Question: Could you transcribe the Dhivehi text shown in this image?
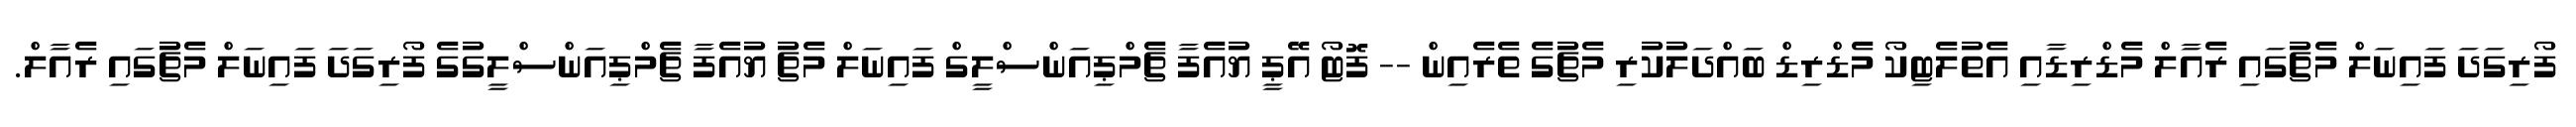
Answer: ފޯރިގަދަ ފައިނަލް މެޗުގައި ރެއާލް މެޑްރިޑާއި އެތުލެޓިކޯ މެޑްރިޑް ބައްދަލުކުރި މެޗުގެ ތެރެއިން -- ފޮޓޯ އޭޕީ ޔުއެފާ ޗެމްޕިއަންސްލީގް ފައިނަލް މެޗު ޔުއެފާ ޗެމްޕިއަންސްލީގުގެ ފޯރިގަދަ ފައިނަލް މެޗުގައި ރެއާލް.